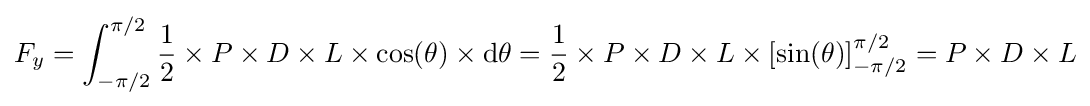
F_{y}=\int _{-\pi /2}^{\pi /2}{\frac {1}{2}}\times P\times D\times L\times \cos(\theta )\times \mathrm {d} \theta ={\frac {1}{2}}\times P\times D\times L\times \left[\sin(\theta )\right]_{-\pi /2}^{\pi /2}=P\times D\times L